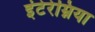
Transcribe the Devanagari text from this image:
इंटेरेम्निया